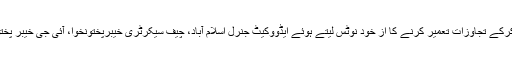
یاد رہے چند روز قبل چیف جسٹس ثاقب نثار نے کیلاش قبیلے کی زمینوں پر قبضہ کرکے تجاوزات تعمیر کرنے کا از خود نوٹس لیتے ہوئے ایڈووکیٹ جنرل اسلام آباد، چیف سیکرٹری خیبرپختونخوا، آئی جی خیبر پختون خوا اور ڈپٹی کمشنر چترال کو ذاتی طور پر عدالت میں پیش ہونے کا حکم دیا تھا۔